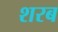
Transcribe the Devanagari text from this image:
शरब